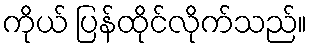
ကိုယ် ပြန်ထိုင်လိုက်သည်။